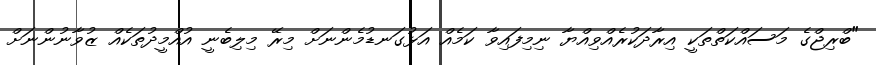
"ބްރިޖްގެ މަސައްކަތްތަކީ އިރާދަކުރެއްވިއްޔާ ނިމިފައިވާ ކަމެއް އަޅުގަނޑުމެންނަށް މިރޭ މިލިބެނީ އުއްމީދުތަކެއް ޒުވާނުންނަށް